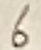
Text: 6